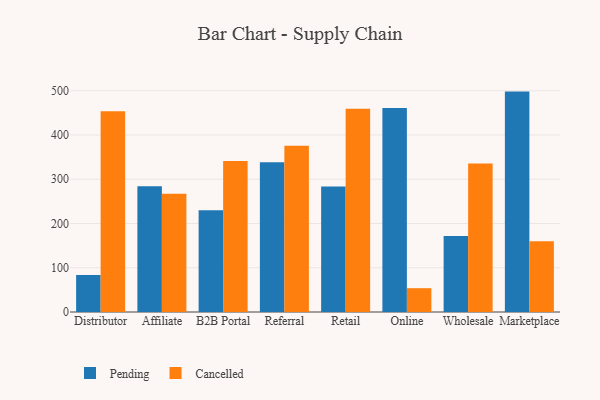
{"axis": {"x": "Channel", "y": "Inventory Turnover"}, "legend": ["Cancelled", "Pending"], "data": [{"x": "Distributor", "y": 83.5, "type": "Pending"}, {"x": "Distributor", "y": 453.6, "type": "Cancelled"}, {"x": "Affiliate", "y": 284.4, "type": "Pending"}, {"x": "Affiliate", "y": 267.0, "type": "Cancelled"}, {"x": "B2B Portal", "y": 229.7, "type": "Pending"}, {"x": "B2B Portal", "y": 341.3, "type": "Cancelled"}, {"x": "Referral", "y": 338.2, "type": "Pending"}, {"x": "Referral", "y": 375.8, "type": "Cancelled"}, {"x": "Retail", "y": 283.7, "type": "Pending"}, {"x": "Retail", "y": 459.1, "type": "Cancelled"}, {"x": "Online", "y": 460.9, "type": "Pending"}, {"x": "Online", "y": 53.8, "type": "Cancelled"}, {"x": "Wholesale", "y": 171.5, "type": "Pending"}, {"x": "Wholesale", "y": 335.5, "type": "Cancelled"}, {"x": "Marketplace", "y": 498.1, "type": "Pending"}, {"x": "Marketplace", "y": 159.8, "type": "Cancelled"}]}